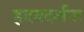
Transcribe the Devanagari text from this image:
हृदयदर्शना